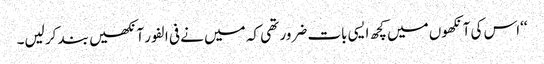
‘‘اس کی آنکھوں میں کچھ ایسی بات ضرور تھی کہ میں نے فی الفور آنکھیں بند کر لیں۔